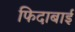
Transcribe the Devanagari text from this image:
फिदाबाई